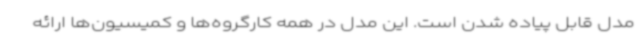
مدل قابل پیاده شدن است. این مدل در همه کارگروه‌ها و کمیسیون‌ها ارائه